Scottish Leaving Certificate Examination, 1960
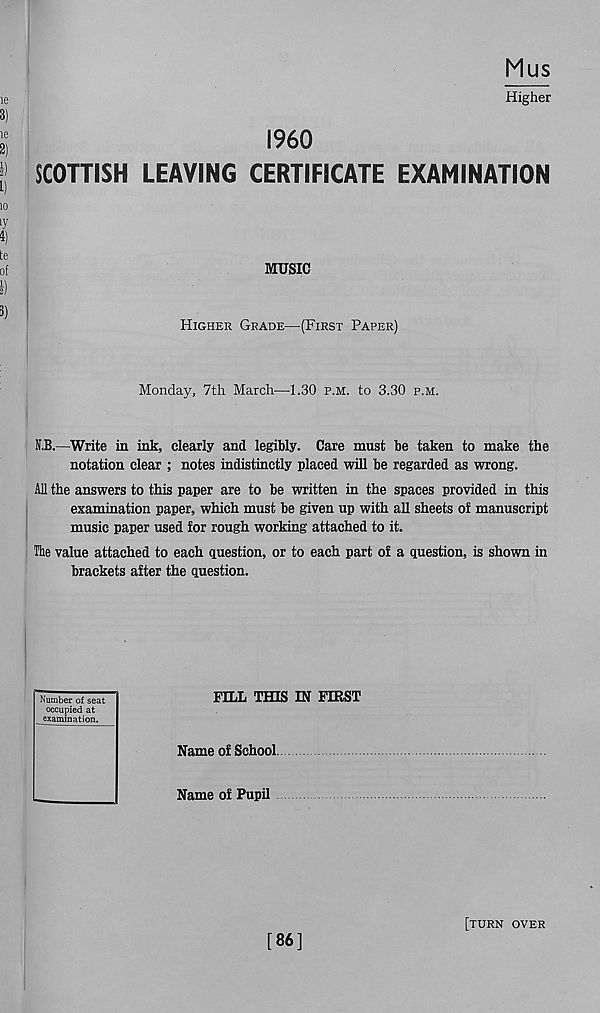
Mus
Higher
I960
SCOTTISH LEAVING CERTIFICATE EXAMINATION
MUSIC
Higher Grade—(First Paper)
Monday, 7th March—1.30 p.m. to 3.30 p.m.
N.B.—Write in ink, clearly and legibly. Care must be taken to make the
notation clear ; notes indistinctly placed will be regarded as wrong.
All the answers to this paper are to be written in the spaces provided in this
examination paper, which must be given up with all sheets of manuscript
music paper used for rough working attached to it.
The value attached to each question, or to each part of a question, is shown in
brackets after the question.
Number of seat
occupied at
examination.
FILL THIS IN FIRST
Name of School.
Name of Pupil
[86]
[turn over